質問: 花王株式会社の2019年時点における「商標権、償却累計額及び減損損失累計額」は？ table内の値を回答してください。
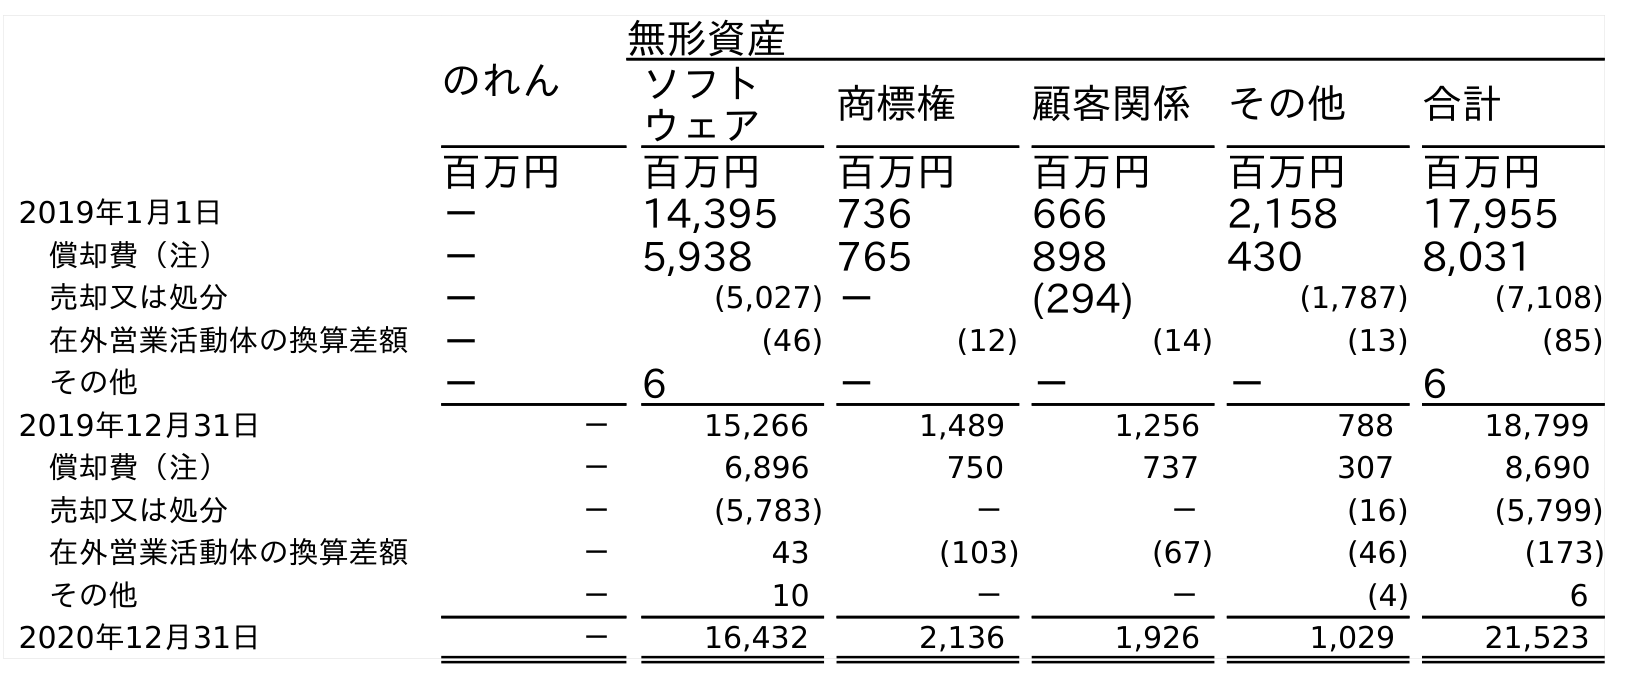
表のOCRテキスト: のれん 無形資産 ソフト ウェア 商標権 顧客関係 その他 合計 百万円 百万円 百万円 百万円 百万円 百万円 2019年1月1日 － 14,395 736 666 2,158 17,955 償却費（注） － 5,938 765 898 430 8,031 売却又は処分 － (5,027) － (294) (1,787) (7,108) 在外営業活動体の換算差額 － (46) (12) (14) (13) (85) その他 － 6 － － － 6 2019年12月31日 － 15,266 1,489 1,256 788 18,799 償却費（注） － 6,896 750 737 307 8,690 売却又は処分 － (5,783) － － (16) (5,799) 在外営業活動体の換算差額 － 43 (103) (67) (46) (173) その他 － 10 － － (4) 6 2020年12月31日 － 16,432 2,136 1,926 1,029 21,523
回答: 1,489